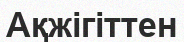
Ақжігіттен